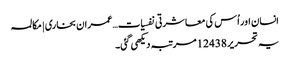
انسان اور اُس کی معاشرتی نفسیات…عمران بخاری | مکالمہ
یہ تحریر 12438 مرتبہ دیکھی گئی۔